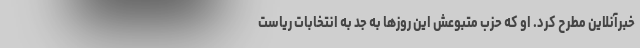
خبرآنلاین مطرح کرد. او که حزب متبوعش این روزها به جد به انتخابات ریاست